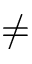
\ne